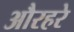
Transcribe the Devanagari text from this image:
औरहरे